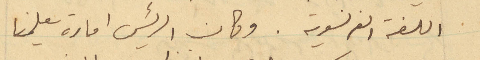
اللغة الفرنسوية. وكان الرئيس امارة يعلمنا